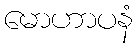
မောဟာပနံ